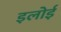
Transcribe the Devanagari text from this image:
इलोई